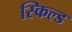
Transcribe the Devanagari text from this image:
स्किल्ड